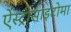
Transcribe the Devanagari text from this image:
ऐस्ट्रोसाइटोमा